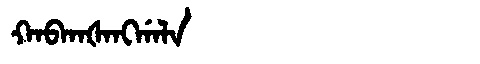
Manchu: ᡴᠠᠪᡴᠠᡧᠠᠩᡤᠠᠯᠠ
Romanization: KABKAŠANGGALA